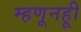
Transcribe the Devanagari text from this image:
म्हणूनहूी